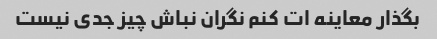
بگذار معاینه ات کنم نگران نباش چیز جدی نیست